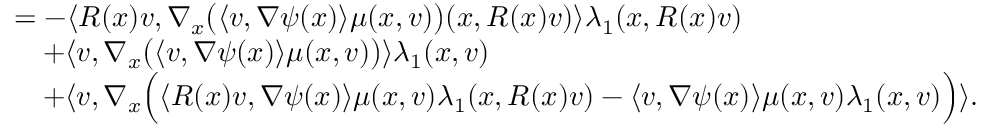
\begin{array} { r l } & { = - \langle R ( x ) v , \nabla _ { x } \big ( \langle v , \nabla \psi ( x ) \rangle \mu ( x , v ) \big ) ( x , R ( x ) v ) \rangle \lambda _ { 1 } ( x , R ( x ) v ) } \\ & { \quad + \langle v , \nabla _ { x } \big ( \langle v , \nabla \psi ( x ) \rangle \mu ( x , v ) \big ) \rangle \lambda _ { 1 } ( x , v ) } \\ & { \quad + \langle v , \nabla _ { x } \Big ( \langle R ( x ) v , \nabla \psi ( x ) \rangle \mu ( x , v ) \lambda _ { 1 } ( x , R ( x ) v ) - \langle v , \nabla \psi ( x ) \rangle \mu ( x , v ) \lambda _ { 1 } ( x , v ) \Big ) \rangle . } \end{array}